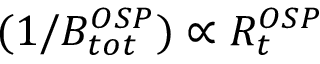
( 1 / B _ { t o t } ^ { O S P } ) \protect \propto R _ { t } ^ { O S P }